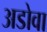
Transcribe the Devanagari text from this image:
अडोवा